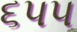
૬૫૫